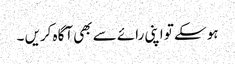
ہو سکے تو اپنی رائے سے بھی آگاہ کریں ۔